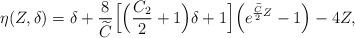
LaTeX: \begin{align*}\eta(Z,\delta)=\delta+\frac{8}{\widetilde{C}}\Big[\Big(\frac{C_2}{2}+1\Big)\delta+1\Big]\Big(e^{\frac{\widetilde{C}}{2}Z}-1\Big)-4Z,\end{align*}